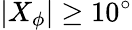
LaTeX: \left|X_{\phi}\right|\geq 10^{\circ}